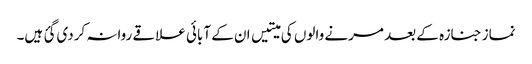
نماز جنازہ کے بعد مرنے والوں کی میتیں ان کے آبائی علاقے روانہ کردی گئ ہیں۔